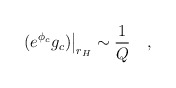
\begin{align*}\left. (e^{\phi_c} g_c) \right|_{r_H} \sim {\frac{1}{Q}} \quad ,\end{align*}